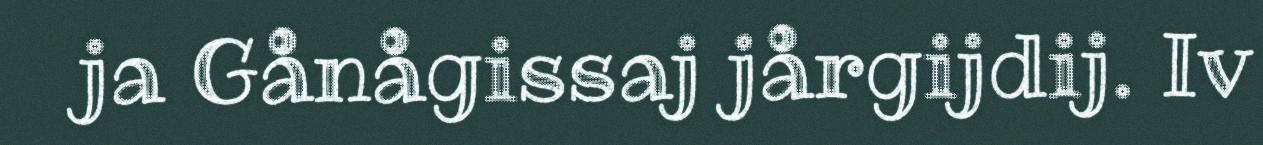
ja Gånågissaj jårgijdij. Iv